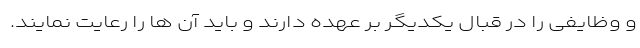
و وظایفی را در قبال یکدیگر بر عهده دارند و باید آن ها را رعایت نمایند.